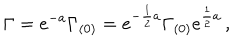
\Gamma = e ^ { - a } \Gamma _ { ( 0 ) } = e ^ { - { \frac { 1 } { 2 } } a } \Gamma _ { ( 0 ) } e ^ { { \frac { 1 } { 2 } } a } \, ,